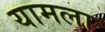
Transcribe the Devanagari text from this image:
यामला